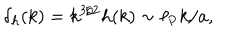
\delta _ { h } ( k ) = k ^ { 3 / 2 } h ( k ) \sim \ell _ { \mathrm { P } } k / a ,